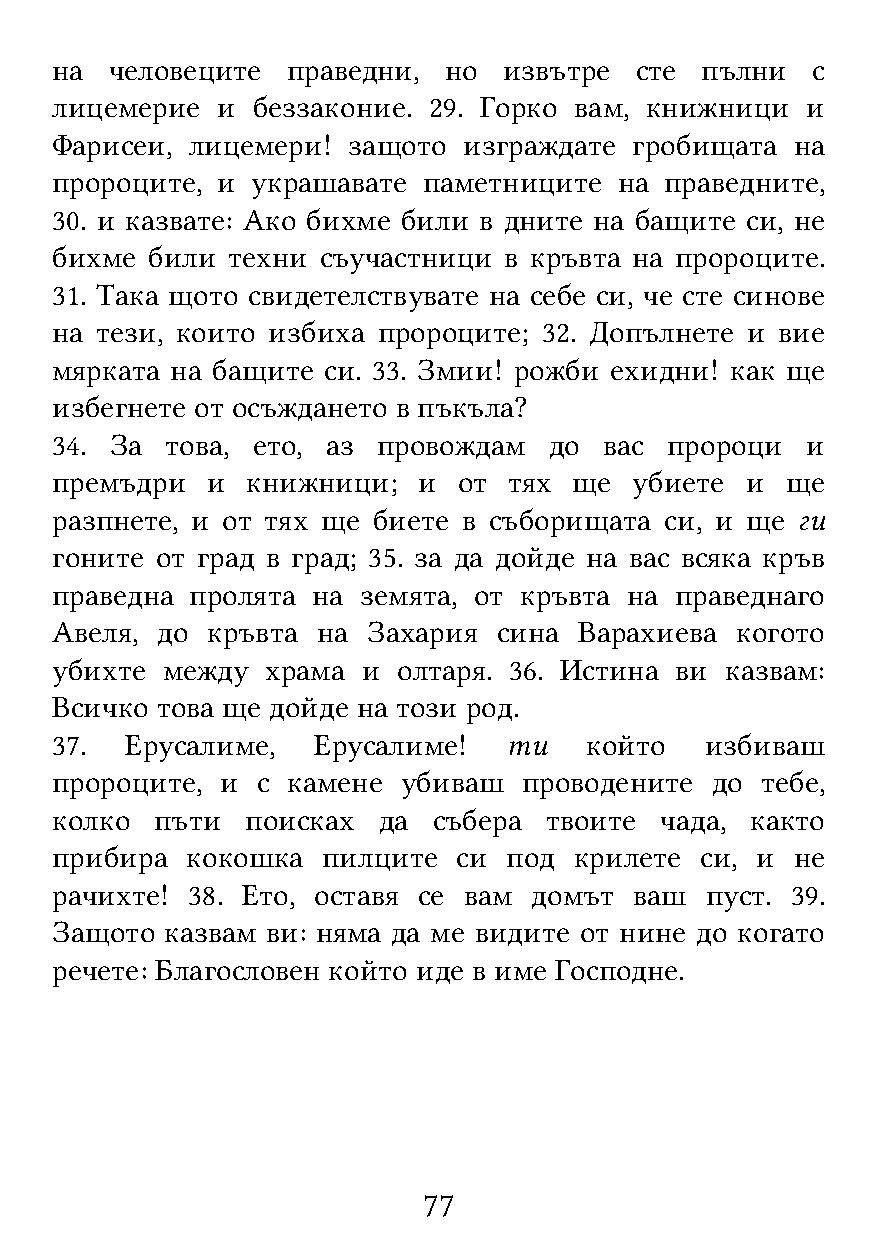
на  человеците  праведни, но  извътре  сте пълни   с
 лицемерие  и  беззаконие. 29. Горко вам, книжници и
 Фарисеи, лицемери!  защото  изграждате гробищата  на
 пророците, и  украшавате паметниците  на праведните,
 30. и казвате: Ако бихме били в дните на бащите си, не
 бихме  били техни съучастници в кръвта на пророците.
 31. Така щото свидетелствувате на себе си, че сте синове
 на тези, които избиха пророците; 32. Допълнете и вие
 мярката на бащите си. 33. Змии! рожби ехидни! как ще
 избегнете от осъждането в пъкъла?
 34. За  това, ето, аз провождам  до  вас пророци  и
 премъдри   и книжници;   и от  тях ще  убиете и  ще
 разпнете, и от тях ще биете в съборищата си, и ще ги
 гоните от град в град; 35. за да дойде на вас всяка кръв
 праведна  пролята на земята, от кръвта на праведнаго
 Авеля, до  кръвта на Захария  сина Варахиева  когото
 убихте  между  храма и олтаря. 36. Истина ви казвам:
 Всичко това ще дойде на този род.
 37.  Ерусалиме,   Ерусалиме!   ти   който   избиваш
 пророците,  и с камене  убиваш  проводените до тебе,
 колко  пъти  поисках  да  събера твоите  чада, както
 прибира  кокошка  пилците  си  под крилете си, и  не
 рачихте! 38. Ето, оставя се вам домът  ваш  пуст. 39.
 Защото  казвам ви: няма да ме видите от нине до когато
 речете: Благословен който иде в име Господне.
 77